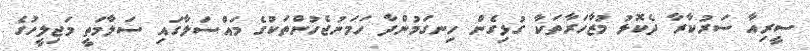
ސީރިއާ ސަރުކާރާ ދެކޮޅު މުޒާހަރާތަކާ ގުޅިގެން ހިނގަމުންދާ ހަމަނުޖެހުންތަކުގެ މައްސަލާގައި ސަލާމަތީ މަޖިލީހުގެ